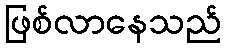
ဖြစ်လာနေသည်